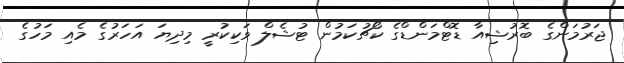
ޖަރުމަންގެ ބޮރުޝިއާ ޑޮޓްމަންޑްގެ ކޯޗުކަމުން ޓުޝެލް ވަކިކުރީ މިދިޔަ އަހަރުގެ މެއި މަހުގެ